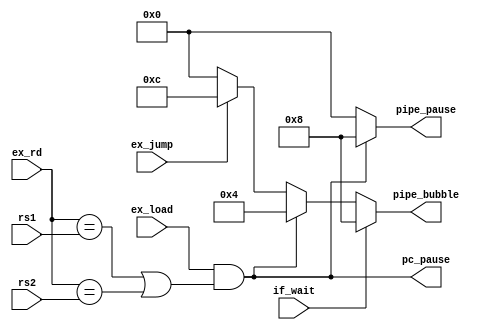

module hazard(
    input if_wait,
    input ex_jump,
    input ex_load,
    input [4:0] ex_rd,
    input [4:0] rs1,
    input [4:0] rs2,
    output pc_pause,
    output [3:0] pipe_pause,
    output [3:0] pipe_bubble
);
    localparam PIPE_IF_ID = 4'b1000;
    localparam PIPE_ID_EX = 4'b0100;
    localparam PIPE_EX_MEM = 4'b0010;

    wire load_hazard = ex_load && ((ex_rd == rs1) || (ex_rd == rs2));

    assign pc_pause = load_hazard;
    assign pipe_pause = load_hazard ? PIPE_IF_ID : 0;
    assign pipe_bubble = if_wait ? PIPE_IF_ID :
                        load_hazard ? PIPE_ID_EX :
                        ex_jump ? (PIPE_IF_ID | PIPE_ID_EX) : 0;
endmodule